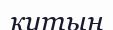
қутың